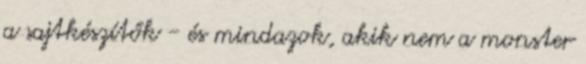
a sajtkészítők - és mindazok, akik nem a monster